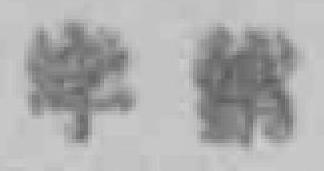
字*